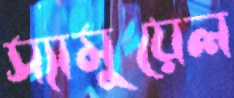
স্যামুয়েল